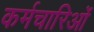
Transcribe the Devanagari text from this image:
कर्मचारिओं